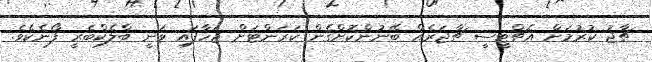
ޗާޖު ކުރުމަށް އެޗްޓީސީ ޗާޖަރެއް ބޭނުންކޮށްގެން ކަރަންޓަށް ޖަހާފައި ވަނީ ބްލެކްބެރީ ފޯނެކެވެ.